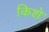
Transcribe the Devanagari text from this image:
किशे